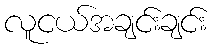
လူငယ်အချင်းချင်း